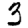
Digit: 3